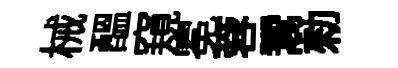
械醖窺冕蓉鬻勑